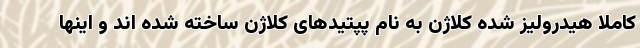
کاملا هیدرولیز شده کلاژن به نام پپتیدهای کلاژن ساخته شده اند و اینها